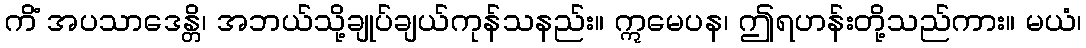
ကိံ အပသာဒေန္တိ၊ အဘယ်သို့ချုပ်ချယ်ကုန်သနည်း။ ဣမေပန၊ ဤရဟန်းတို့သည်ကား။ မယံ၊